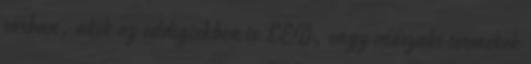
sorban, akik az eddigiekben is LED, vagy műszaki termékek